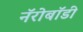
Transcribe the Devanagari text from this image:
नॅरोबॉडी